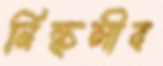
নিষ্কলীব